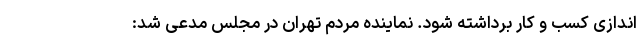
اندازی کسب و کار برداشته شود. نماینده مردم تهران در مجلس مدعی شد: